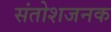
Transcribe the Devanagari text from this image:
संतोशजनक